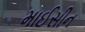
માઈસીન